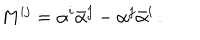
M ^ { i j } = \alpha ^ { i } \bar { \alpha } ^ { j } - \alpha ^ { j } \bar { \alpha } ^ { i } \, .